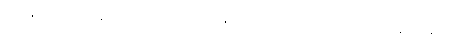
ဖြစ်၏။ ဣတိမနသိကရိတွာ၊ ဤသို့နှလုံးသွင်း၍။ ဘိက္ခူဟိ၊ ရဟန်းတို့နှင့်။